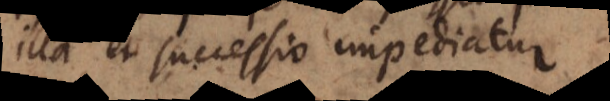
illa et successio impediatur